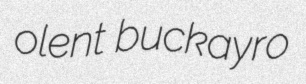
olent buckayro